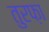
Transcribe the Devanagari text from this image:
तुरफ़ा